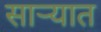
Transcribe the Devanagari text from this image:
साऱ्यात